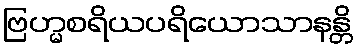
ဗြဟ္မစရိယပရိယောသာနန္တိ